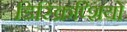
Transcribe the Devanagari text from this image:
डिस्क्रिप्शियो